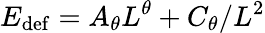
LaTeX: E_{\mathrm{def}}=A_{\theta}L^{\theta}+C_{\theta}/L^{2}